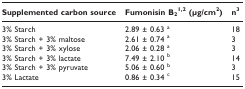
<table><thead><tr><td><b>Supplemented carbon source</b></td><td><b>Fumonisin B<sub>2</sub><sup>1,2 </sup>(μg/cm<sup>2</sup>)</b></td><td><b>n<sup>3</sup></b></td></tr></thead><tbody><tr><td>3% Starch</td><td>2.89 ± 0.63 <sup>a</sup></td><td>18</td></tr><tr><td>3% Starch + 3% maltose</td><td>2.61 ± 0.74 <sup>a</sup></td><td>3</td></tr><tr><td>3% Starch + 3% xylose</td><td>2.06 ± 0.28 <sup>a</sup></td><td>3</td></tr><tr><td>3% Starch + 3% lactate</td><td>7.49 ± 2.10 <sup>b</sup></td><td>14</td></tr><tr><td>3% Starch + 3% pyruvate</td><td>5.06 ± 0.60 <sup>b</sup></td><td>3</td></tr><tr><td>3% Lactate</td><td>0.86 ± 0.34 <sup>c</sup></td><td>15</td></tr></tbody></table>